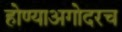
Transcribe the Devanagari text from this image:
होण्याअगोदरच